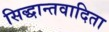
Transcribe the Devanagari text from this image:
सिद्धान्तवादिता